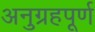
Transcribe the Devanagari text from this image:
अनुग्रहपूर्ण